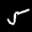
Label: 5